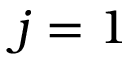
j = 1